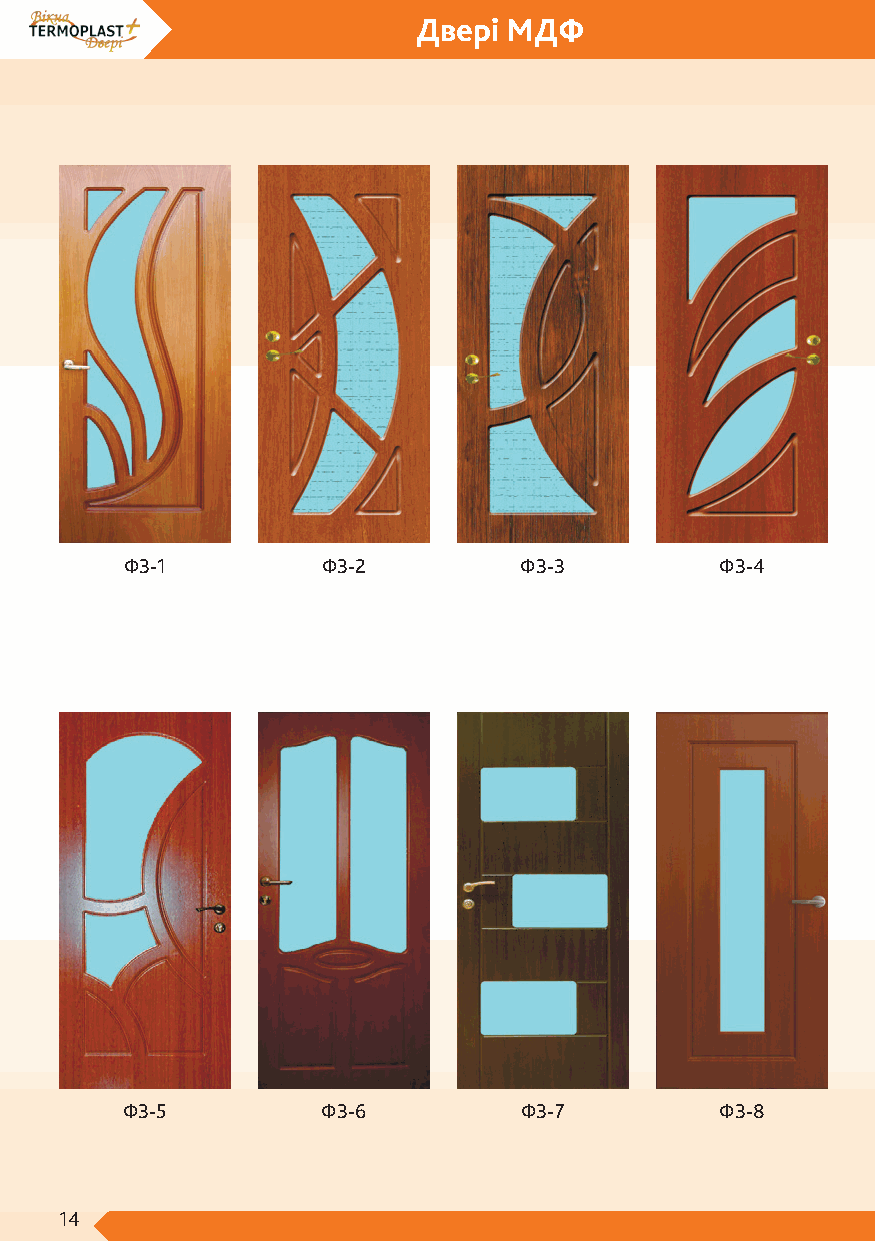
Двері МДФ
 ФЗ-1         ФЗ-2         ФЗ-3          ФЗ-4
 ФЗ-5         ФЗ-6         ФЗ-7          ФЗ-8
 14